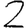
Digit: 2